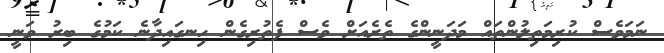
ނަމަވެސް ކުރިމަތިލުންތައް މަދަނީންގެ ތެރެއަށް ވެސް ފެތުރިގެން ހިނގައިދާނެ ކަމުގެ ބިރު ވަނީ